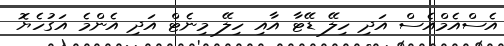
އެސްއެމްއެސް އަދި ހިލޭ ޑޭޓާ އާއި ހިލޭ މިނެޓް އަދި އެންމެ އަގުހެޔޮ